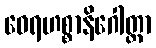
ဝေရဟစ္စာနိဂေါတ္တာ